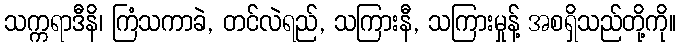
သက္ကရာဒီနိ၊ ကြံသကာခဲ, တင်လဲရည်, သကြားနီ, သကြားမှုန့် အစရှိသည်တို့ကို။